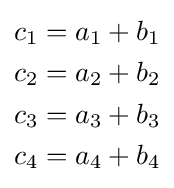
{\begin{aligned}c_{1}&=a_{1}+b_{1}\\c_{2}&=a_{2}+b_{2}\\c_{3}&=a_{3}+b_{3}\\c_{4}&=a_{4}+b_{4}\end{aligned}}